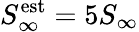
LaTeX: S_{\infty}^{\mathrm{est}}=5S_{\infty}